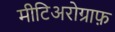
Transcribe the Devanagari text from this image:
मीटिअरोग्राफ़